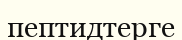
пептидтерге